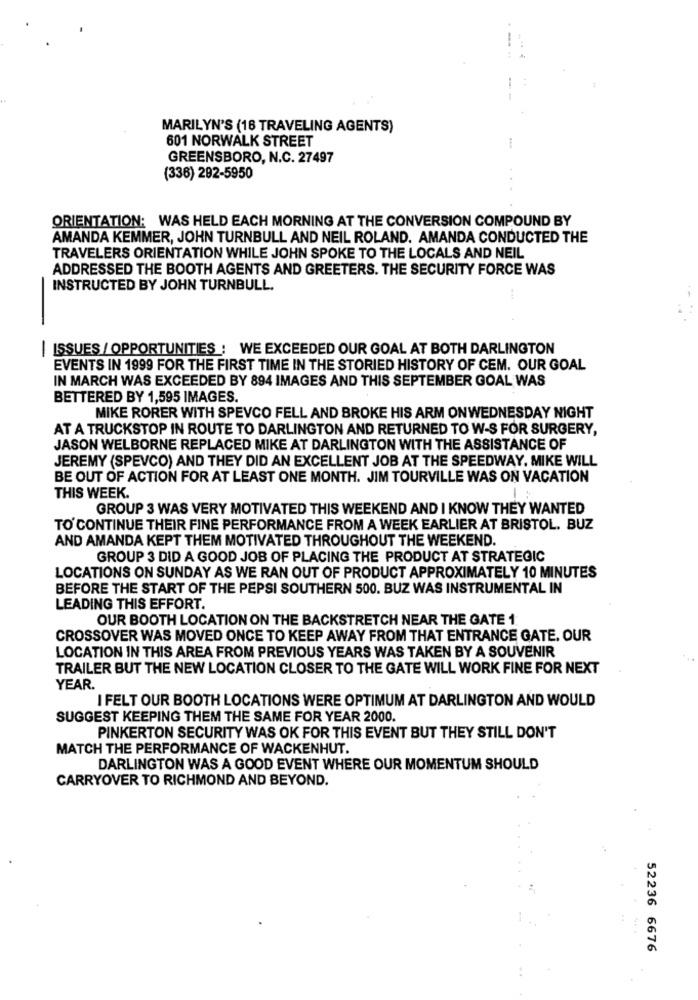
MARILYN'S (16 TRAVELING AGENTS)
601 NORWALK STREET
GREENSBORO, N.C. 27497
(336) 292-5950
ORIENTATION: WAS HELD EACH MORNING AT THE CONVERSION COMPOUND BY
AMANDA KEMMER, JOHN TURNBULL AND NEIL ROLAND. AMANDA CONDUCTED THE
TRAVELERS ORIENTATION WHILE JOHN SPOKE TO THE LOCALS AND NEIL
ADDRESSED THE BOOTH AGENTS AND GREETERS. THE SECURITY FORCE WAS
INSTRUCTED BY JOHN TURNBULL.
| ISSUES / OPPORTUNITIES : WE EXCEEDED OUR GOAL AT BOTH DARLINGTON
EVENTS IN 1999 FOR THE FIRST TIME IN THE STORIED HISTORY OF CEM. OUR GOAL
IN MARCH WAS EXCEEDED BY 894 IMAGES AND THIS SEPTEMBER GOAL WAS
BETTERED BY 1,595 IMAGES.
MIKE RORER WITH SPEVCO FELL AND BROKE HIS ARM ONWEDNESDAY NIGHT
AT A TRUCKSTOP IN ROUTE TO DARLINGTON AND RETURNED TO W-S FOR SURGERY,
JASON WELBORNE REPLACED MIKE AT DARLINGTON WITH THE ASSISTANCE OF
JEREMY (SPEVCO) AND THEY DID AN EXCELLENT JOB AT THE SPEEDWAY. MIKE WILL
BE OUT OF ACTION FOR AT LEAST ONE MONTH. JIM TOURVILLE WAS ON VACATION
THIS WEEK.
GROUP 3 WAS VERY MOTIVATED THIS WEEKEND AND I KNOW THEY WANTED
TO CONTINUE THEIR FINE PERFORMANCE FROM A WEEK EARLIER AT BRISTOL. BUZ
AND AMANDA KEPT THEM MOTIVATED THROUGHOUT THE WEEKEND.
GROUP 3 DID A GOOD JOB OF PLACING THE PRODUCT AT STRATEGIC
LOCATIONS ON SUNDAY AS WE RAN OUT OF PRODUCT APPROXIMATELY 10 MINUTES
BEFORE THE START OF THE PEPSI SOUTHERN 500. BUZ WAS INSTRUMENTAL IN
LEADING THIS EFFORT.
OUR BOOTH LOCATION ON THE BACKSTRETCH NEAR THE GATE 1
CROSSOVER WAS MOVED ONCE TO KEEP AWAY FROM THAT ENTRANCE GATE. OUR
LOCATION IN THIS AREA FROM PREVIOUS YEARS WAS TAKEN BY A SOUVENIR
TRAILER BUT THE NEW LOCATION CLOSER TO THE GATE WILL WORK FINE FOR NEXT
YEAR.
I FELT OUR BOOTH LOCATIONS WERE OPTIMUM AT DARLINGTON AND WOULD
SUGGEST KEEPING THEM THE SAME FOR YEAR 2000.
PINKERTON SECURITY WAS OK FOR THIS EVENT BUT THEY STILL DON'T
MATCH THE PERFORMANCE OF WACKENHUT.
DARLINGTON WAS A GOOD EVENT WHERE OUR MOMENTUM SHOULD
CARRYOVER TO RICHMOND AND BEYOND.
52236 6676